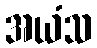
အယံသ